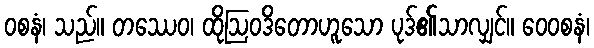
ဝစနံ၊ သည်။ တဿေဝ၊ ထိုဩဝဒိတောဟူသော ပုဒ်၏သာလျှင်။ ဝေဝစနံ၊